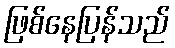
ဖြစ်နေပြန်သည်